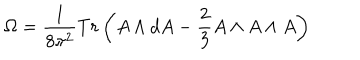
\Omega = \frac 1 { 8 \pi ^ { 2 } } T r \left( A \wedge d A - \frac 2 3 A \wedge A \wedge A \right)